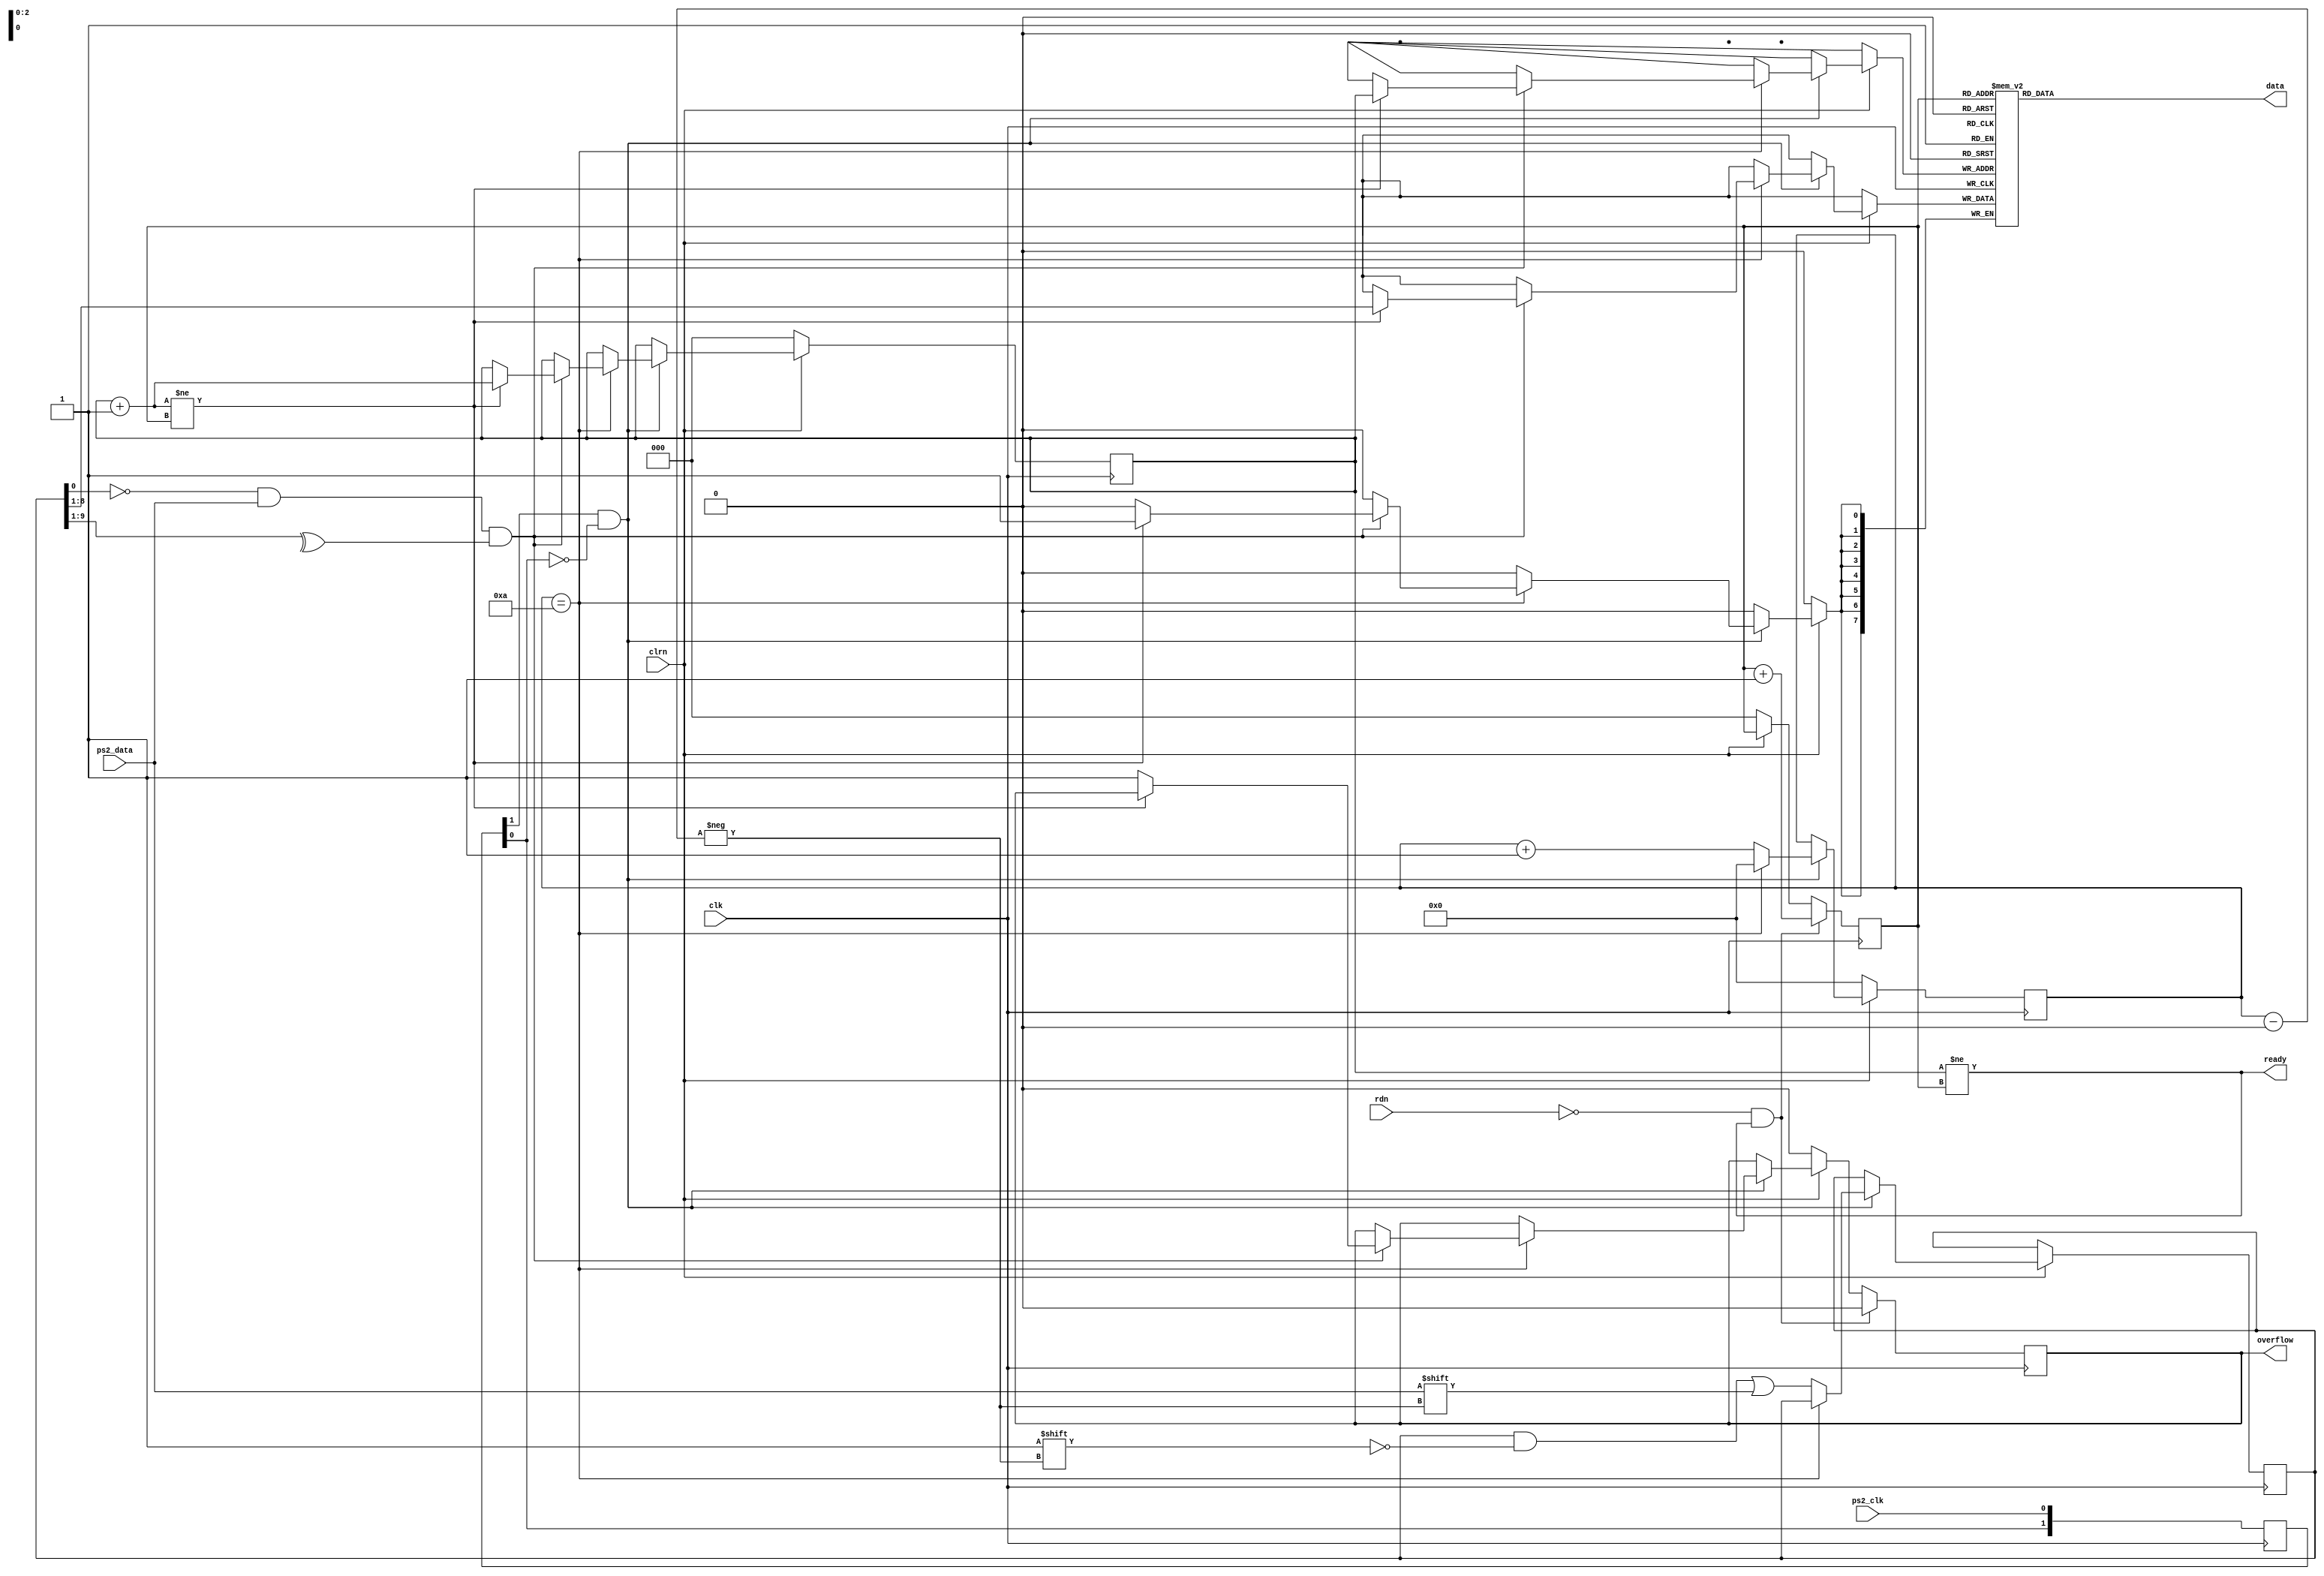
/************************************************
  The Verilog HDL code example is from the book
  Computer Principles and Design in Verilog HDL
  by Yamin Li, published by A JOHN WILEY & SONS
************************************************/
module ps2_keyboard (clk,clrn,ps2_clk,ps2_data,rdn,data,ready,overflow);
    input        clk, clrn;                    // 50 MHz
    input        ps2_clk;                      // ps2 clock
    input        ps2_data;                     // ps2 data
    input        rdn;                          // read, active low
    output [7:0] data;                         // 8-bit code
    output       ready;                        // code ready
    output reg   overflow;                     // fifo overflow
    reg    [9:0] buffer;                       // ps2_data bits
    reg    [7:0] fifo[7:0];                    // circular fifo
    reg    [3:0] count;                        // count ps2_data bits
    reg    [2:0] w_ptr,r_ptr;                  // fifo w/r pointers
    reg    [1:0] ps2_clk_sync;                 // for detecting falling edge
	 
	integer i;
	initial begin 
		buffer = 0;
		count = 0;
		ps2_clk_sync = 0;
		fifo[0] = 8'h2a;
		fifo[1] = 8'h2b;
		fifo[2] = 8'hf0;
		fifo[3] = 8'h2b;
		for(i = 4; i < 8; i = i+1)
			fifo[i] = 0;
		w_ptr = 4;
		r_ptr = 0;
	end
	 
    always @ (posedge clk)
        ps2_clk_sync <= {ps2_clk_sync[0],ps2_clk};
    wire sampling = ps2_clk_sync[1] &
                   ~ps2_clk_sync[0];           // had a falling edge
    always @ (posedge clk) begin
        if (!clrn) begin                       // on reset
            count    <= 0;                     // clear count
            w_ptr    <= 0;                     // clear w_ptr
            r_ptr    <= 0;                     // clear r_ptr
            overflow <= 0;                     // clear overflow
        end else if (sampling) begin           // if sampling
            if (count == 4'd10) begin          // if got one frame
                if ((buffer[0] == 0) && (ps2_data) && (^buffer[9:1])) begin
                    if ((w_ptr + 3'b1) != r_ptr) begin
                        fifo[w_ptr] <= buffer[8:1];
                        w_ptr <= w_ptr + 3'b1; // w_ptr++
                    end else begin
                        overflow <= 1;         // overflow
                    end
                end
                count <= 0;                    // for next frame
            end else begin                     // else
                buffer[count] <= ps2_data;     // store ps2_data
                count <= count + 4'b1;         // count++
            end
        end
        if (!rdn && ready) begin               // on cpu read
            r_ptr <= r_ptr + 3'b1;             // r_ptr++
            overflow <= 0;                     // clear overflow
        end
    end
    assign ready = (w_ptr != r_ptr);           // fifo is not empty
    assign data  = fifo[r_ptr];                // code byte
endmodule